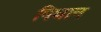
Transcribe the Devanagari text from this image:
पिघान